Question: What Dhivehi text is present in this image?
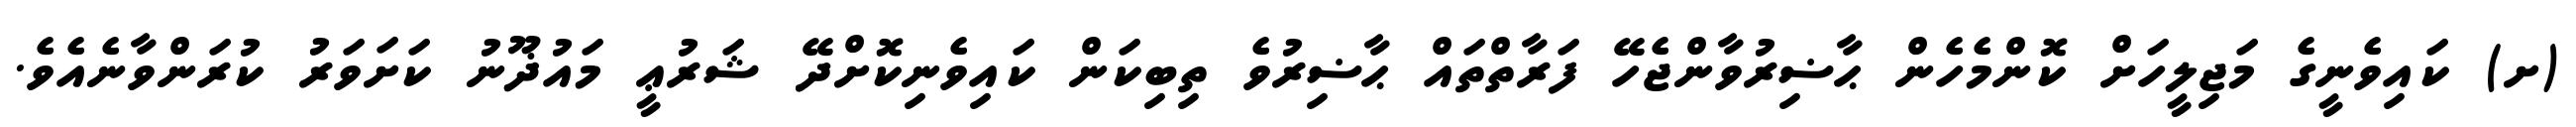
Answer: (ށ) ކައިވެނީގެ މަޖިލީހަށް ކޮންމެހެން ޙާޟިރުވާންޖެހޭ ފަރާތްތައް ޙާޟިރުވެ ތިބިކަން ކައިވެނިކޮށްދޭ ޝަރުޢީ މައުޛޫނު ކަށަވަރު ކުރަންވާނެއެވެ.